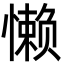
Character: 懒